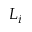
L _ { i }